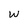
Character: W